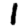
Digit: 1